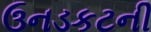
ઉનડકટની